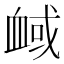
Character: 𧖻